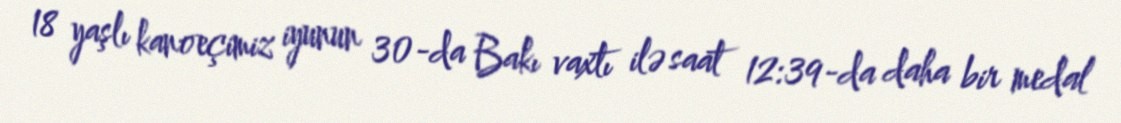
18 yaşlı kanoeçimiz iyunun 30-da Bakı vaxtı ilə saat 12:39-da daha bir medal